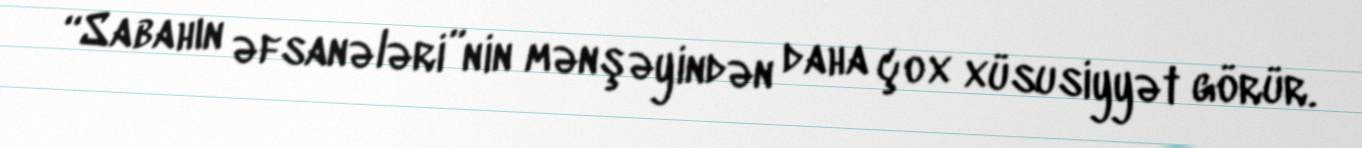
“Sabahın əfsanələri”nin mənşəyindən daha çox xüsusiyyət görür.